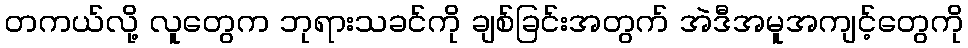
တကယ်လို့ လူတွေက ဘုရားသခင်ကို ချစ်ခြင်းအတွက် အဲဒီအမူအကျင့်တွေကို